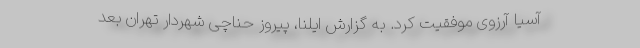
آسیا آرزوی موفقیت کرد. به گزارش ایلنا، پیروز حناچی شهردار تهران بعد